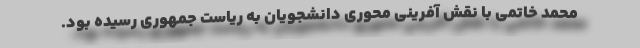
محمد خاتمی با نقش آفرینی محوری دانشجویان به ریاست جمهوری رسیده بود.